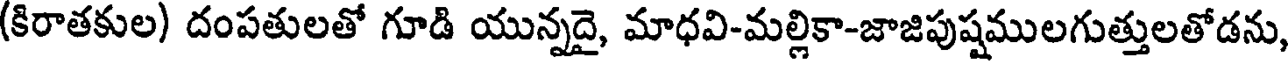
(కిరాతకుల) దంపతులతో గూడి యున్నదై, మాధవి-మల్లికా-జాజిపుష్షములగుత్తులతోడను,